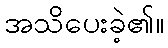
အသိပေးခဲ့၏။